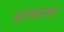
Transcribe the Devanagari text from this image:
आरानगरवर